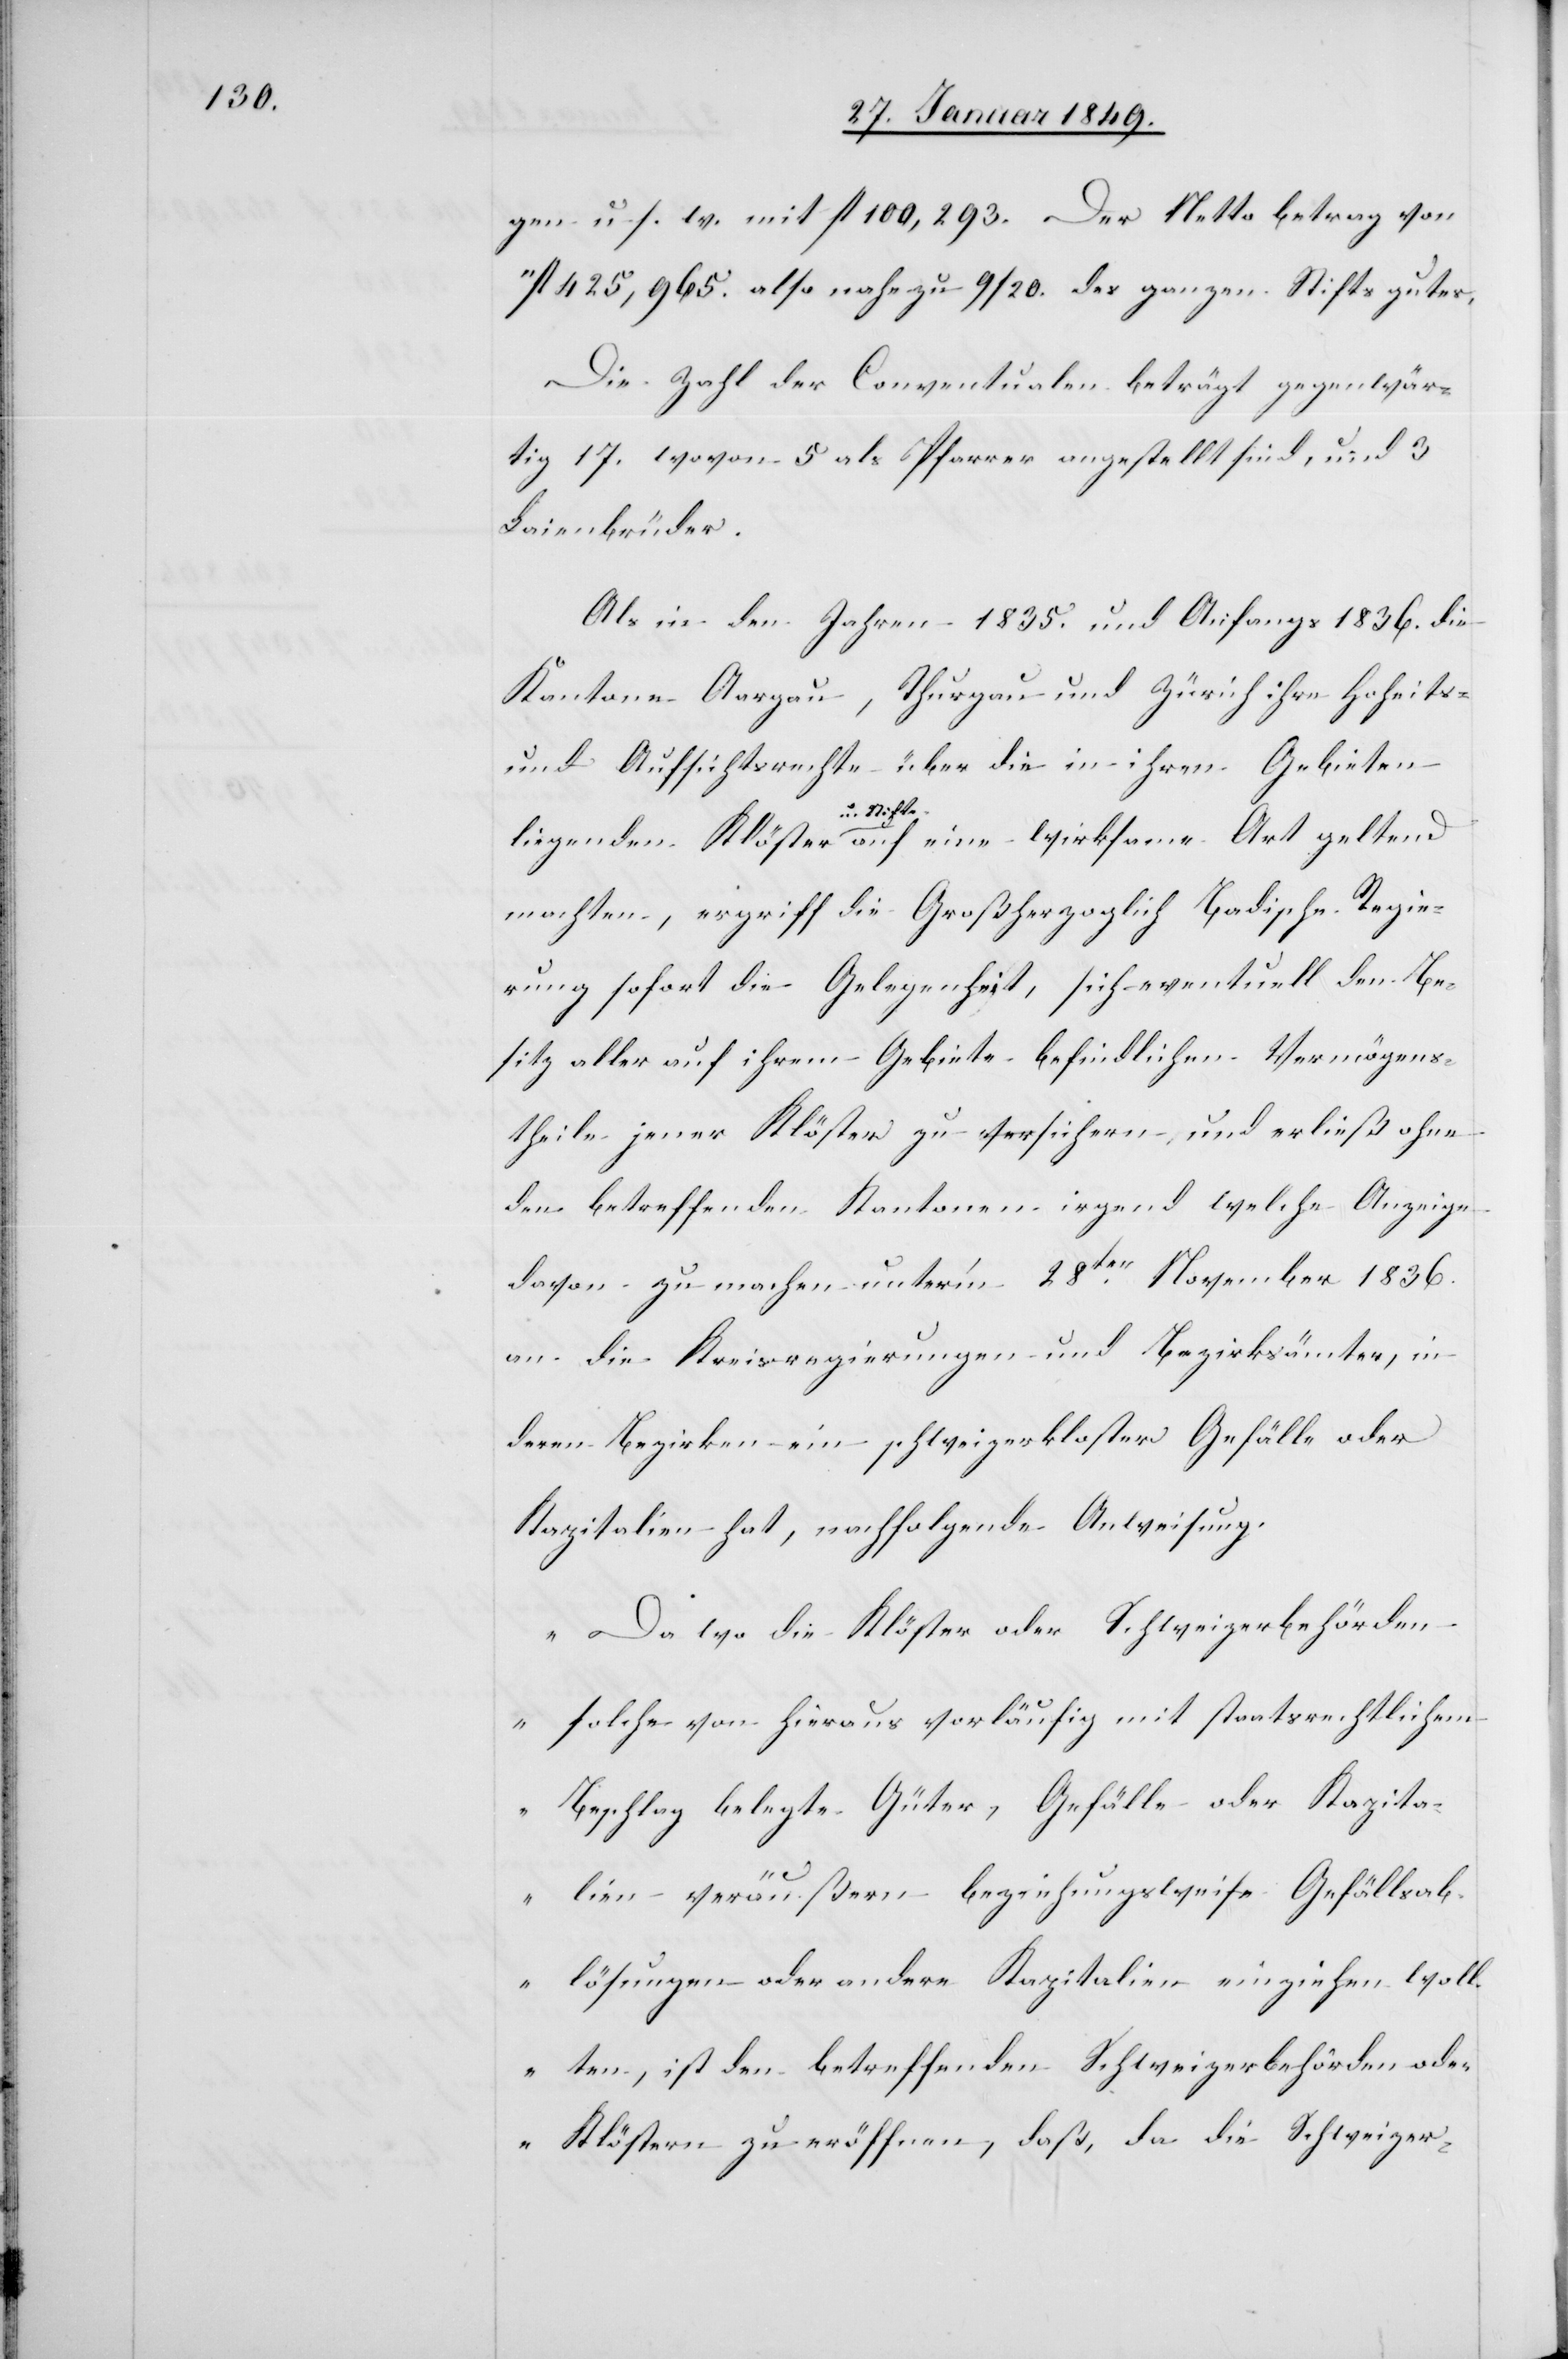
gen u. s. w. mit fl. 100,293. Der Nettobetrag von
fl. 425,965. also nahezu 9/20. des ganzen Stiftsgutes.
Die Zahl der Conventualen beträgt gegenwär¬
tig 17. wovon 5 als Pfarrer angestellt sind, und 3
Laienbrüder.
Als in den Jahren 1835. und Anfangs 1836. die
Kantone Aargau, Thurgau und Zürich ihre Hoheits-
und Aufsichtsrechte über die in ihren Gebieten
eine wirksame
machten, ergriff die Großherzoglich Badische Regie¬
rung sofort die Gelegenheit, sich eventuell den Be¬
sitz aller auf ihrem Gebiete befindlichen Vermögens¬
theile jener Klöster zu versichern, und erließ ohne
den betreffenden Kantonen irgend welche Anzeige
davon zu machen unter’m 28ten. November 1836.
an die Kreisregierungen und Bezirksämter, in
deren Bezirken ein schweizerkloster Gefälle oder
Kapitalien hat, nachfolgende Anweisung.
„Da wo die Klöster oder Schweizerbehörden
solche von hieraus vorläufig mit staatsrechtlichem
Beschlag belegte Güter, Gefälle oder Kapita¬
lien veräußern beziehungsweise Gefällsab¬
lösungen oder andere Kapitalien einziehen woll¬
ten, ist den betreffenden Schweizerbehörden ode¬
r Klöstern zu eröffnen, daß, da die Schweizer-